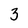
Character: 3